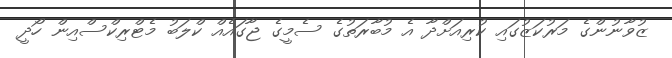
ޒުވާނުންގެ މަރުކަޒުގައި ކުރިއަށްދާ އެ މުބާރަތުގެ ސެމީގެ ޖާގައެއް ކްލަބު މެޓްރިކްސްއިން ހޯދީ